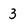
Character: 3